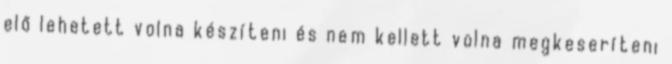
elő lehetett volna készíteni és nem kellett volna megkeseríteni